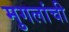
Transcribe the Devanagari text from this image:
मुगलांची